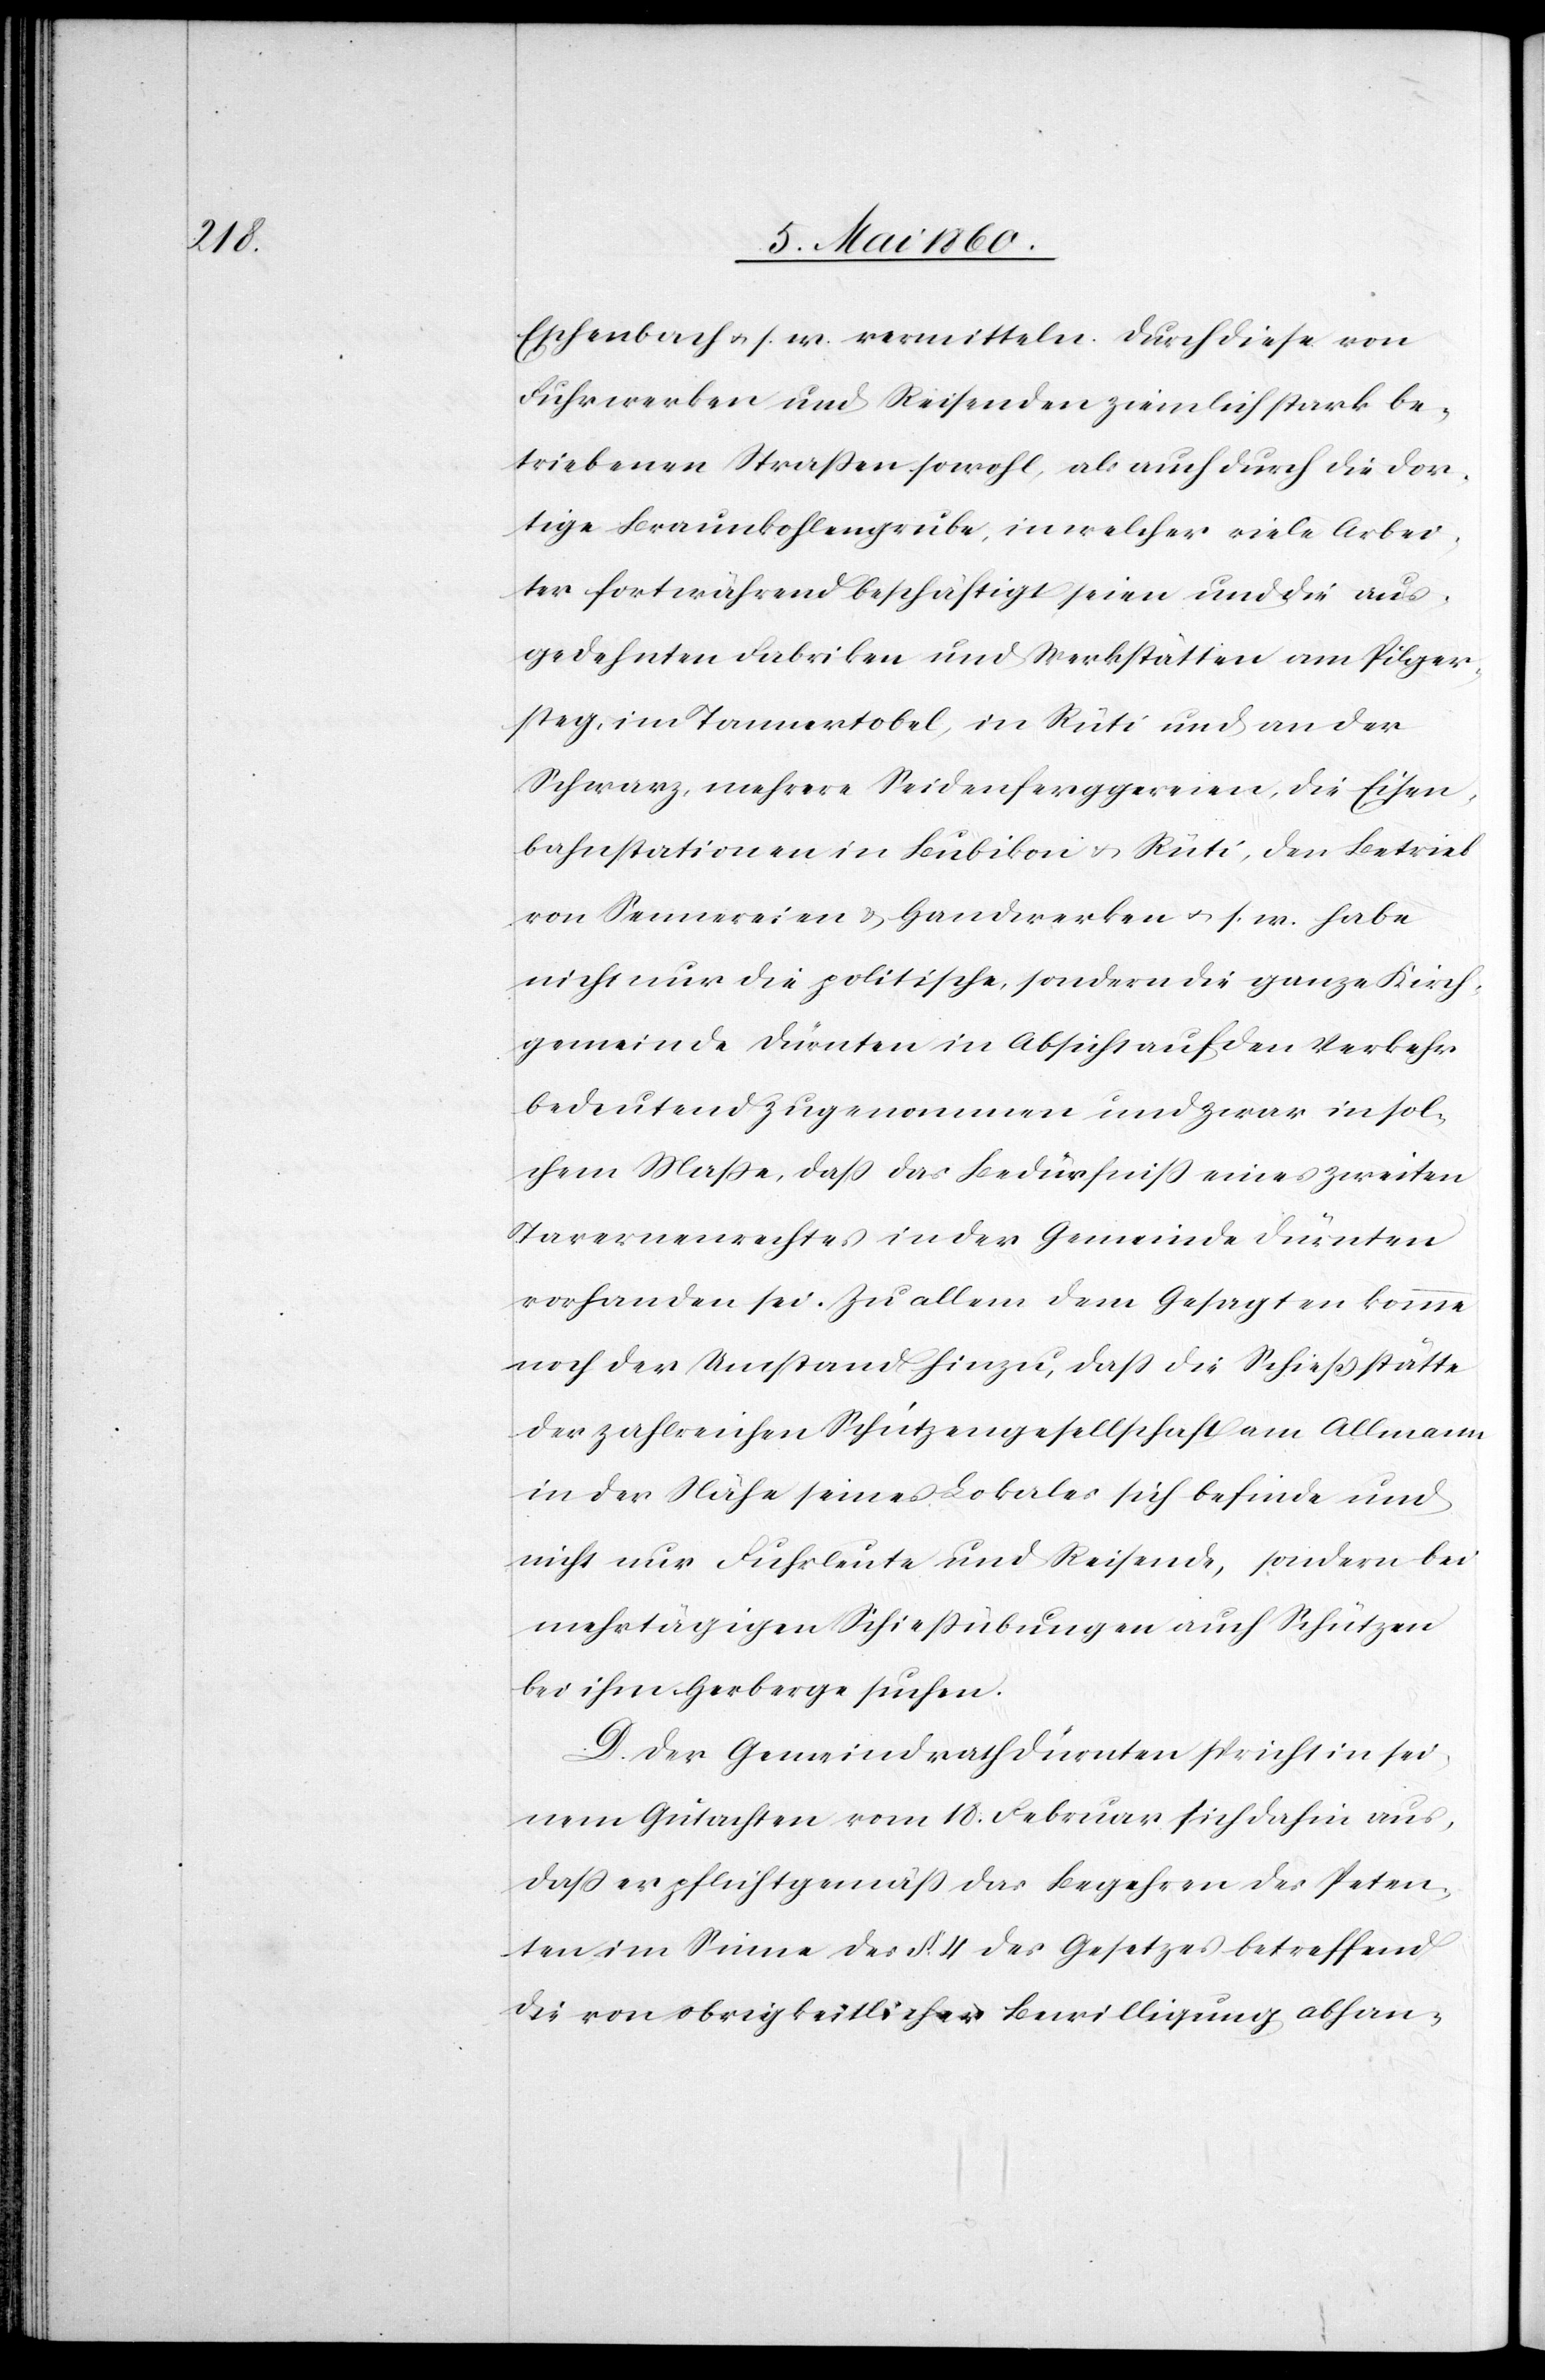
Eisen¬

Eschenbach u. s. w. vermitteln. Durch diese von
Fuhrwerken und Reisenden nämlich stark be¬
triebenen Strassen sowohl, als auch durch die dor¬
tige Braunkohlengrube, in welcher viele Arbei¬
ter fortwährend beschäftigt seien und die aus¬
gedehnten Fabriken und Werkstätten am Pilger¬
steg, im Tannertobel, in Rüti und an der
Schwarz, mehrere Seidenferggereien [recte:
bahnstation in Bubikon u. Rüti, den Betrieb
von Sennereien u. Handwerken u. s. w. habe
nicht nur die politische, sondern die ganze Kirch¬
gemeinde Dürnten in Absicht auf den Verkehr
bedeutend zugenommen und zwar in sol¬
chem Masse, dass das Bedürfniss eines zweiten
Tavernenrechtes in der Gemeinde Dürnten
vorhanden sei. Zu allem dem Gesagten komme
noch der Umstand hinzu, dass die Schießstätte
der zahlreichen Schützengesellschaft am Allmann
in der Nähe seines Lokales sich befinde und
nicht nur Fuhrleute und Reisende, sondern bei
mehrtägigen Schießübungen auch Schützen
bei ihm Herberge suchen.
B. Der Gemeindrath Dürnten spricht in sei¬
nem Gutachten vom 18. Februar sich dahin aus,
dass er pflichtgemäss das Begehren des Peten¬
ten im Sinne des §. 4. des Gesetzes betreffend
die von obrigkeitlicher Bewilligung abhan-